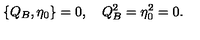
\{ Q _ { B } , \eta _ { 0 } \} = 0 , \quad Q _ { B } ^ { 2 } = \eta _ { 0 } ^ { 2 } = 0 .